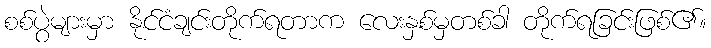
စစ်ပွဲများမှာ နိုင်ငံချင်းတိုက်ရတာက လေးနှစ်မှတစ်ခါ တိုက်ရခြင်းဖြစ်၏။